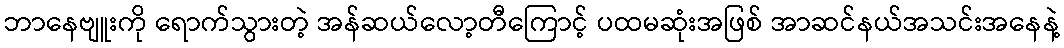
ဘာနေဗျူးကို ရောက်သွားတဲ့ အန်ဆယ်လော့တီကြောင့် ပထမဆုံးအဖြစ် အာဆင်နယ်အသင်းအနေနဲ့